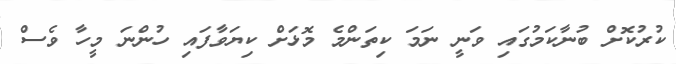
ކުރުކޮށް ބުނާކަމުގައި ވަނީ ނަމަ ކިތަންމެ މޮޅަށް ކިޔަވާފައި ހުންނަ މީހާ ވެސް